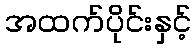
အထက်ပိုင်းနှင့်